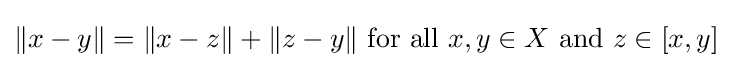
\|x-y\|=\|x-z\|+\|z-y\|{\text{ for all }}x,y\in X{\text{ and }}z\in [x,y]